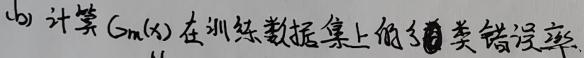
(b) 计算 $G_m(x)$ 在训练数据集上的分类错误率.